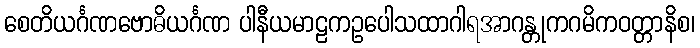
စေတိယင်္ဂဏဗောဓိယင်္ဂဏ ပါနီယမာဠကဥပေါသထာဂါရအာဂန္တုကဂမိကဝတ္တာနိစ၊